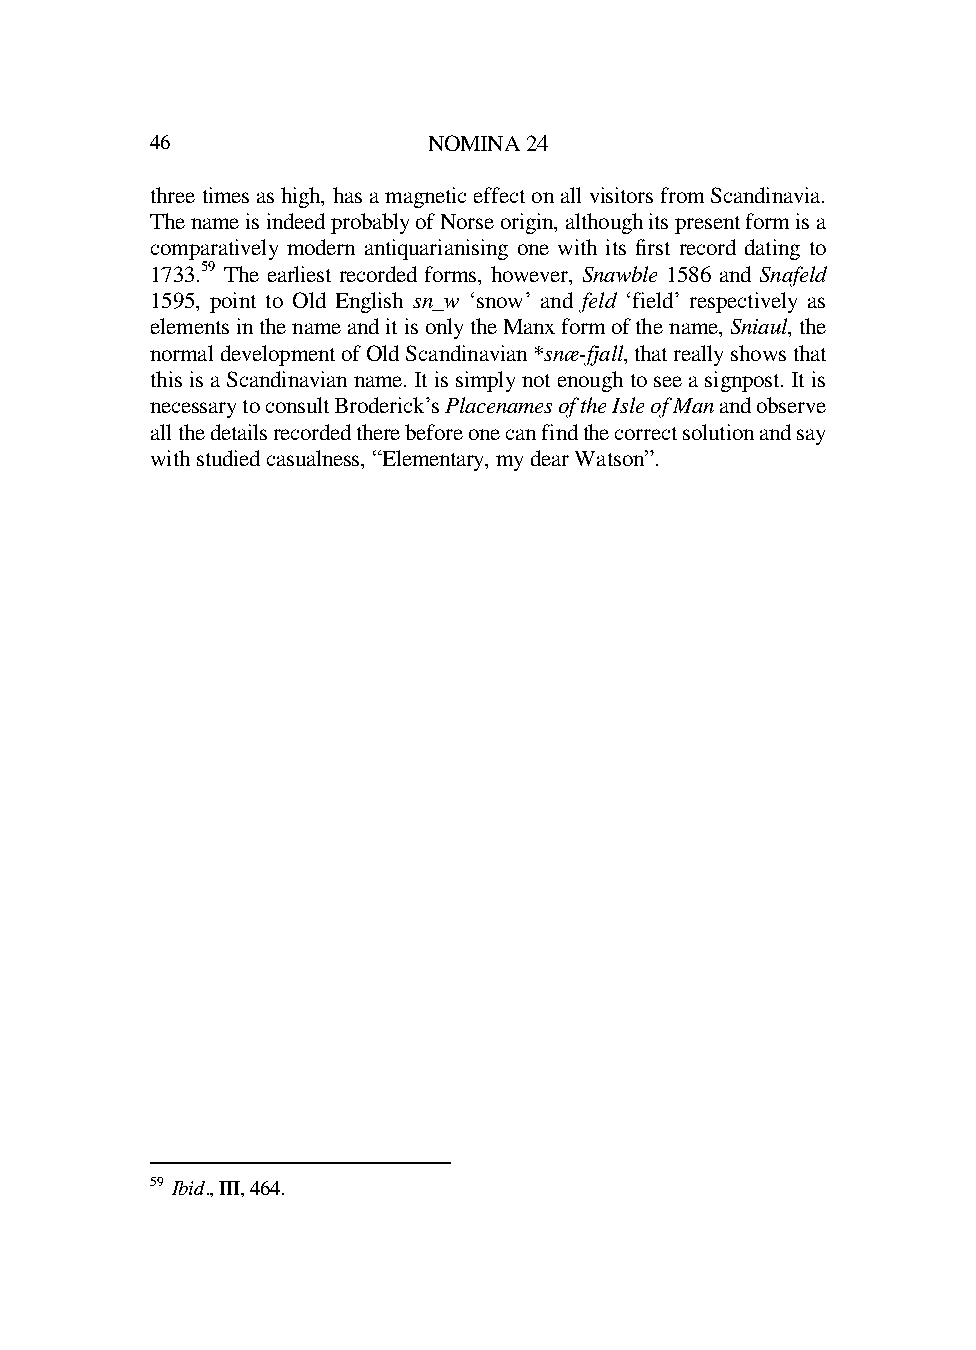
46                NOMINA 24
 three times as high, has a magnetic effect on all visitors from Scandinavia.
 The name is indeed probably of Norse origin, although its present form is a
 comparatively modern antiquarianising one with its first record dating to
 1733.59 The earliest recorded forms, however, Snawble 1586 and Snafeld
 1595, point to Old English sn_w ‘snow’ and feld ‘field’ respectively as
 elements in the name and it is only the Manx form of the name, Sniaul, the
 normal development of Old Scandinavian *snæ-fjall, that really shows that
 this is a Scandinavian name. It is simply not enough to see a signpost. It is
 necessary to consult Broderick’s Placenames of the Isle of Man and observe
 all the details recorded there before one can find the correct solution and say
 with studied casualness, “Elementary, my dear Watson”.
 59 Ibid., III, 464.